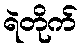
ရဲတိုက်